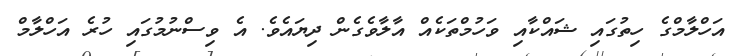
އަހްލާމްގެ ހިތުގައި ޝައްކާއި ވަހުމްތަކެއް އާލާވެގެން ދިޔައެވެ. އެ ވިސްނުމުގައި ހުރެ އަހްލާމް